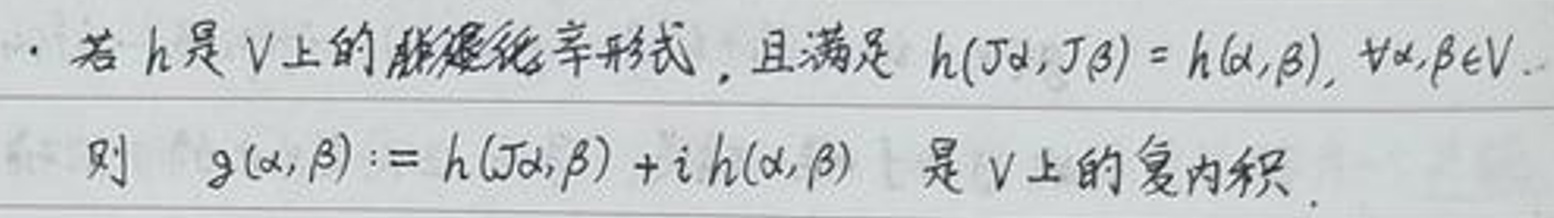
- 若$h$是$V$上的非退化辛形式，且满足$h(J\alpha,J\beta)=h(\alpha,\beta),\forall\alpha,\beta\in V$.
  则$g(\alpha,\beta):=h(J\alpha,\beta)+i\,h(\alpha,\beta)$是$V$上的复内积.